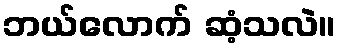
ဘယ်လောက် ဆံ့သလဲ။